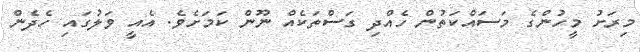
މިރަށު މީހުންގެ މަސައްކަތުން ހެއްދި ގަސްތަކެއް ނޫން ކަމަށެވެ. އެއީ ވަލުގައި ހެދެން